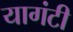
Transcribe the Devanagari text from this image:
यागंटी